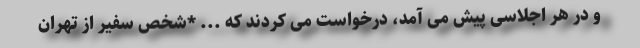
و در هر اجلاسی پیش می آمد، درخواست می کردند که ... *شخص سفیر از تهران